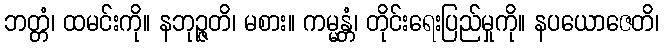
ဘတ္တံ၊ ထမင်းကို။ နဘုဉ္ဇတိ၊ မစား။ ကမ္မန္တံ၊ တိုင်းရေးပြည်မှုကို။ နပယောဇေတိ၊